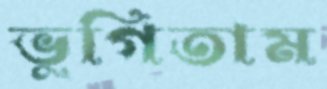
ভুগিতাম